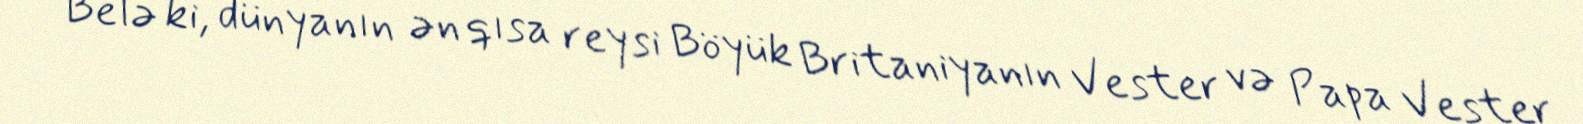
Belə ki, dünyanın ən qısa reysi Böyük Britaniyanın Vester və Papa Vester